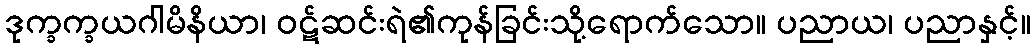
ဒုက္ခက္ခယဂါမိနိယာ၊ ဝဋ်ဆင်းရဲ၏ကုန်ခြင်းသို့ရောက်သော။ ပညာယ၊ ပညာနှင့်။